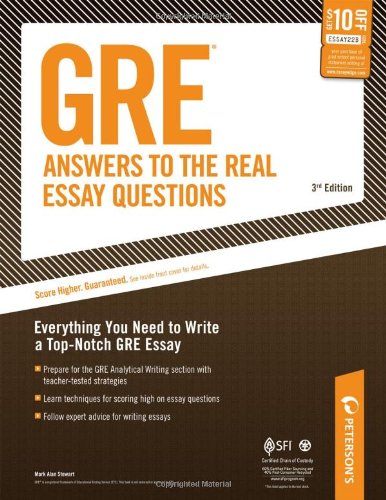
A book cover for GRE: Answers to the Real Essay Questions: Everything You Need to Write a Top-Notch GRE Essay (Peterson's GRE Answers to the Real Essay Questions); Mark Alan Stewart; Test Preparation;